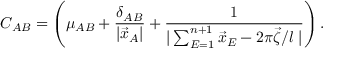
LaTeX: C _ { A B } = \left( \mu _ { A B } + \frac { \delta _ { A B } } { | \vec { x } _ { A } | } + \frac { 1 } { | \sum _ { E = 1 } ^ { n + 1 } \vec { x } _ { E } - 2 \pi \vec { \zeta } / l \; | } \right) .